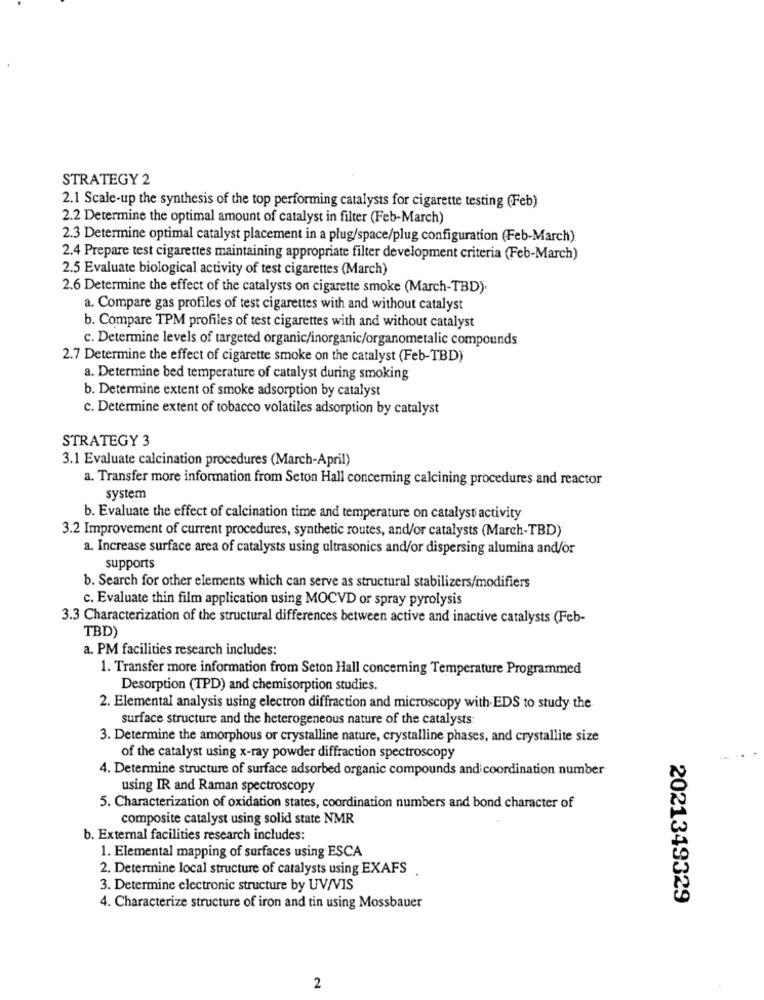
STRATEGY 2
2.1 Scale-up the synthesis of the top performing catalysts for cigarette testing (Feb)
2.2 Determine the optimal amount of catalyst in filter (Feb-March)
2.3 Determine optimal catalyst placement in a plug/space/plug configuration (Feb-March)
2.4 Prepare test cigarettes maintaining appropriate filter development criteria (Feb-March)
2.5 Evaluate biological activity of test cigarettes (March)
2.6 Determine the effect of the catalysts on cigarette smoke (March-TBD).
a. Compare gas profiles of test cigarettes with and without catalyst
b. Compare TPM profiles of test cigarettes with and without catalyst
c. Determine levels of targeted organic/inorganic/organometalic compounds
2.7 Determine the effect of cigarette smoke on the catalyst (Feb-TBD)
a. Determine bed temperature of catalyst during smoking
b. Determine extent of smoke adsorption by catalyst
c. Determine extent of tobacco volatiles adsorption by catalyst
STRATEGY 3
3.1 Evaluate calcination procedures (March-April)
a. Transfer more information from Seton Hall concerning calcining procedures and reactor
system
b. Evaluate the effect of calcination time and temperature on catalyst activity
3.2 Improvement of current procedures, synthetic routes, and/or catalysts (March-TBD)
a. Increase surface area of catalysts using ultrasonics and/or dispersing alumina and/or
supports
b. Search for other elements which can serve as structural stabilizers/modifiers
c. Evaluate thin film application using MOCVD or spray pyrolysis
3.3 Characterization of the structural differences between active and inactive catalysts (Feb-
TBD)
a. PM facilities research includes:
1. Transfer more information from Seton Hall concerning Temperature Programmed
Desorption (TPD) and chemisorption studies.
2. Elemental analysis using electron diffraction and microscopy with EDS to study the
surface structure and the heterogeneous nature of the catalysts:
3. Determine the amorphous or crystalline nature, crystalline phases, and crystallite size
of the catalyst using x-ray powder diffraction spectroscopy
4. Determine structure of surface adsorbed organic compounds and coordination number
using IR and Raman spectroscopy
5. Characterization of oxidation states, coordination numbers and bond character of
composite catalyst using solid state NMR
b. External facilities research includes:
1. Elemental mapping of surfaces using ESCA
2. Determine local structure of catalysts using EXAFS
3. Determine electronic structure by UV/VIS
2021349329
4. Characterize structure of iron and tin using Mossbauer
2